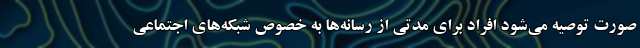
صورت توصیه می‌شود افراد برای مدتی از رسانه‌ها به خصوص شبکه‌های اجتماعی